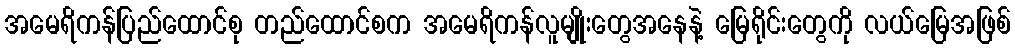
အမေရိကန်ပြည်ထောင်စု တည်ထောင်စက အမေရိကန်လူမျိုးတွေအနေနဲ့ မြေရိုင်းတွေကို လယ်မြေအဖြစ်